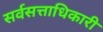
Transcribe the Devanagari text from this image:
सर्वसत्ताधिकारी